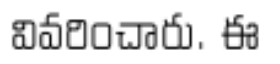
వివరించారు. ఈ